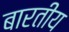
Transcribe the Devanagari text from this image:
बारतीय